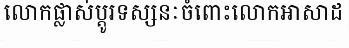
លោកផ្លាស់ប្តូរទស្សនៈចំពោះលោកអាសាដ